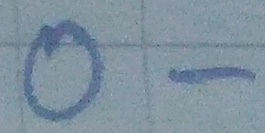
Text: O-